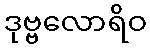
ဒုဗ္ဗလောရိဝ